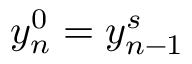
y _ { n } ^ { 0 } = y _ { n - 1 } ^ { s }